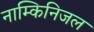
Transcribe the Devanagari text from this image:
नाम्किनिजल